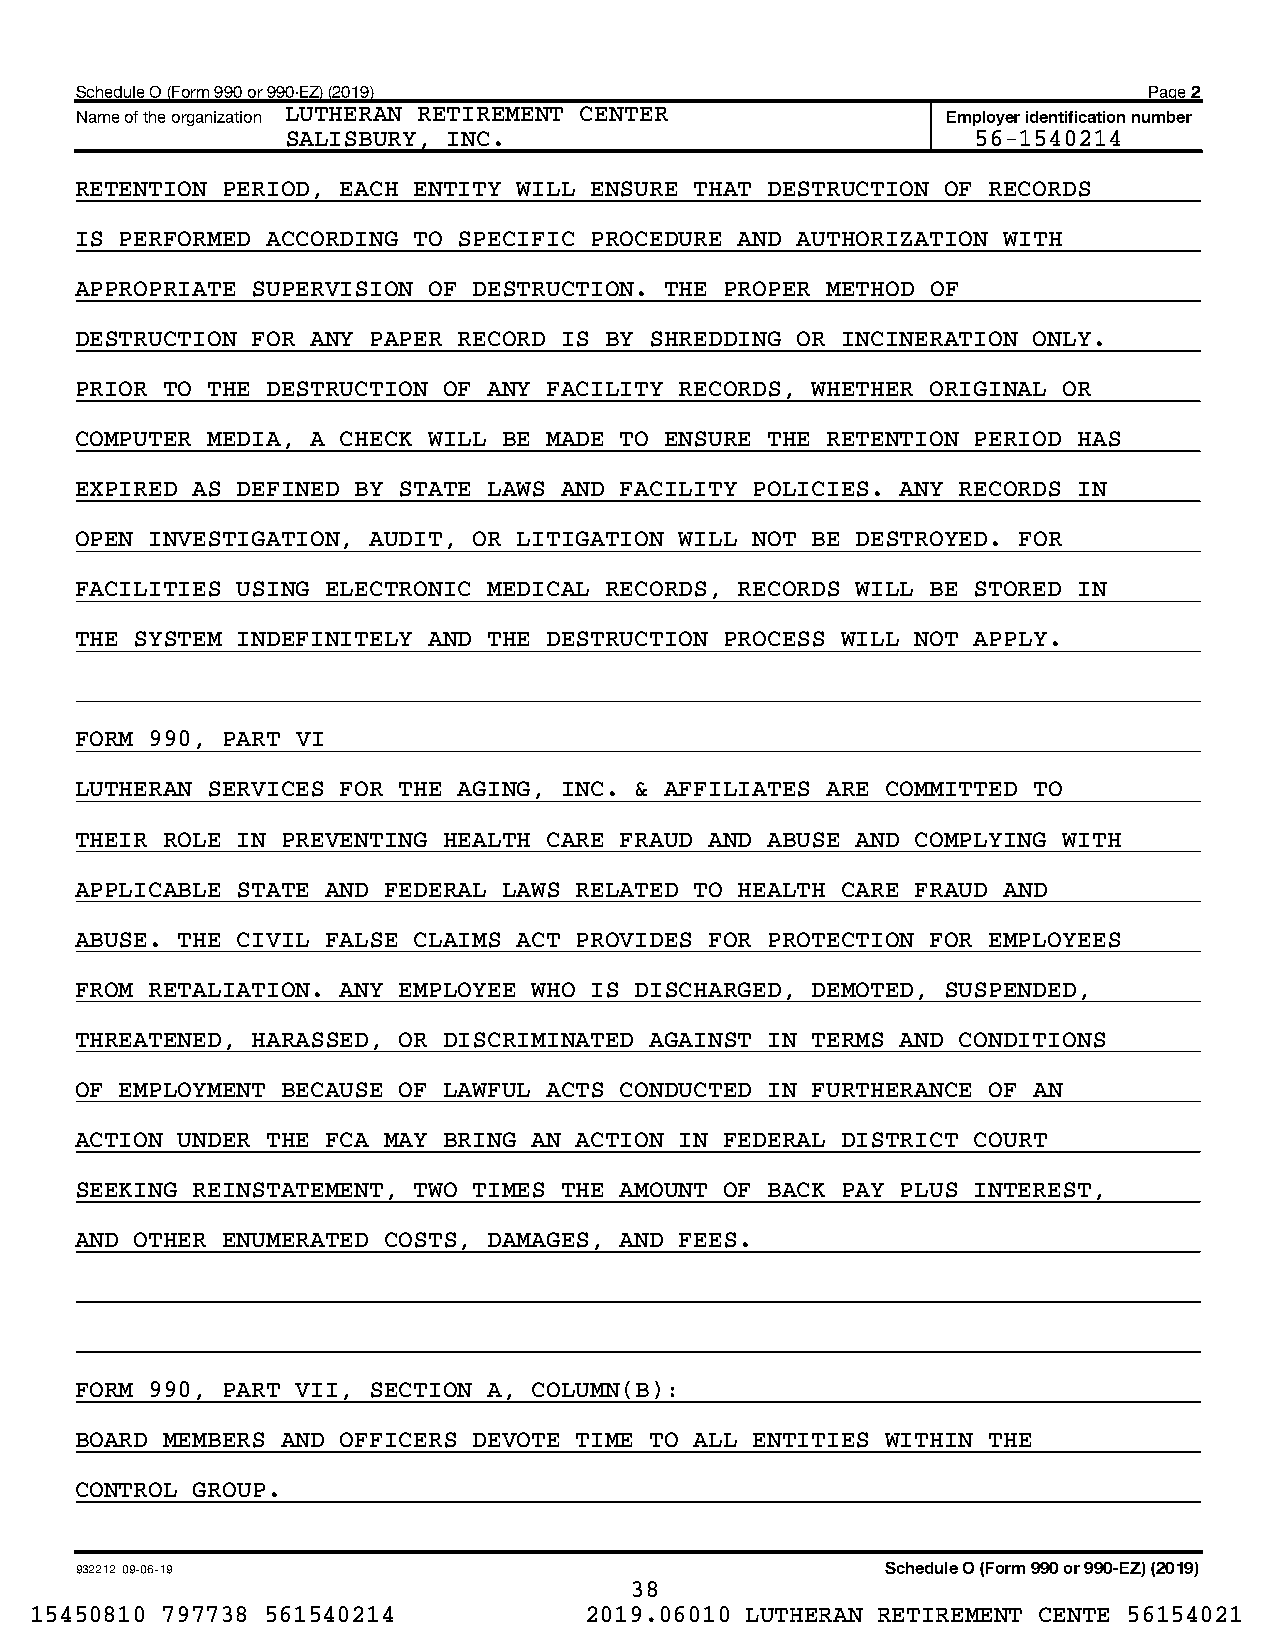
Schedule O (Form 990 or 990-EZ) (2019)                                 Page 2
 Name of the organization LUTHERAN RETIREMENT CENTER       Employer identification number
 SALISBURY, INC.                               56-1540214
 RETENTION PERIOD, EACH ENTITY WILL ENSURE THAT DESTRUCTION OF RECORDS
 IS PERFORMED ACCORDING TO SPECIFIC PROCEDURE AND AUTHORIZATION WITH
 APPROPRIATE SUPERVISION OF DESTRUCTION. THE PROPER METHOD OF
 DESTRUCTION FOR ANY PAPER RECORD IS BY SHREDDING OR INCINERATION ONLY.
 PRIOR TO THE DESTRUCTION OF ANY FACILITY RECORDS, WHETHER ORIGINAL OR
 COMPUTER MEDIA, A CHECK WILL BE MADE TO ENSURE THE RETENTION PERIOD HAS
 EXPIRED AS DEFINED BY STATE LAWS AND FACILITY POLICIES. ANY RECORDS IN
 OPEN INVESTIGATION, AUDIT, OR LITIGATION WILL NOT BE DESTROYED. FOR
 FACILITIES USING ELECTRONIC MEDICAL RECORDS, RECORDS WILL BE STORED IN
 THE SYSTEM INDEFINITELY AND THE DESTRUCTION PROCESS WILL NOT APPLY.
 FORM 990, PART VI
 LUTHERAN SERVICES FOR THE AGING, INC. & AFFILIATES ARE COMMITTED TO
 THEIR ROLE IN PREVENTING HEALTH CARE FRAUD AND ABUSE AND COMPLYING WITH
 APPLICABLE STATE AND FEDERAL LAWS RELATED TO HEALTH CARE FRAUD AND
 ABUSE. THE CIVIL FALSE CLAIMS ACT PROVIDES FOR PROTECTION FOR EMPLOYEES
 FROM RETALIATION. ANY EMPLOYEE WHO IS DISCHARGED, DEMOTED, SUSPENDED,
 THREATENED, HARASSED, OR DISCRIMINATED AGAINST IN TERMS AND CONDITIONS
 OF EMPLOYMENT BECAUSE OF LAWFUL ACTS CONDUCTED IN FURTHERANCE OF AN
 ACTION UNDER THE FCA MAY BRING AN ACTION IN FEDERAL DISTRICT COURT
 SEEKING REINSTATEMENT, TWO TIMES THE AMOUNT OF BACK PAY PLUS INTEREST,
 AND OTHER ENUMERATED COSTS, DAMAGES, AND FEES.
 FORM 990, PART VII, SECTION A, COLUMN(B):
 BOARD MEMBERS AND OFFICERS DEVOTE TIME TO ALL ENTITIES WITHIN THE
 CONTROL GROUP.
 932212 09-06-19                                       Schedule O (Form 990 or 990-EZ) (2019)
 38
 15450810 797738 561540214            2019.06010 LUTHERAN RETIREMENT CENTE 56154021